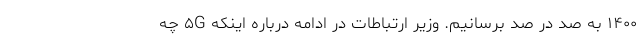
۱۴۰۰ به صد در صد برسانیم. وزیر ارتباطات در ادامه درباره اینکه ۵G چه